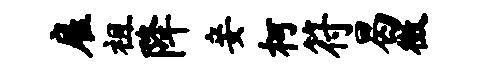
雇祖降妾柯符曷徵